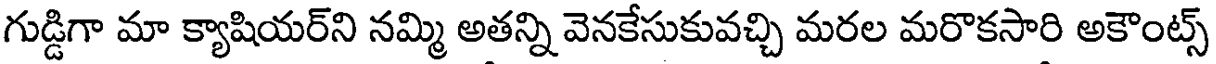
గుడ్డిగా మా క్యాషియర్ని నమ్మి అతన్ని వెనకేసుకువచ్చి మరల మరొకసారి అకౌంట్స్